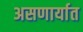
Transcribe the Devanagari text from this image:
असणार्यात